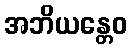
အဘိယန္တေဝ